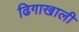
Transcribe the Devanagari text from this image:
ढिगाखाली